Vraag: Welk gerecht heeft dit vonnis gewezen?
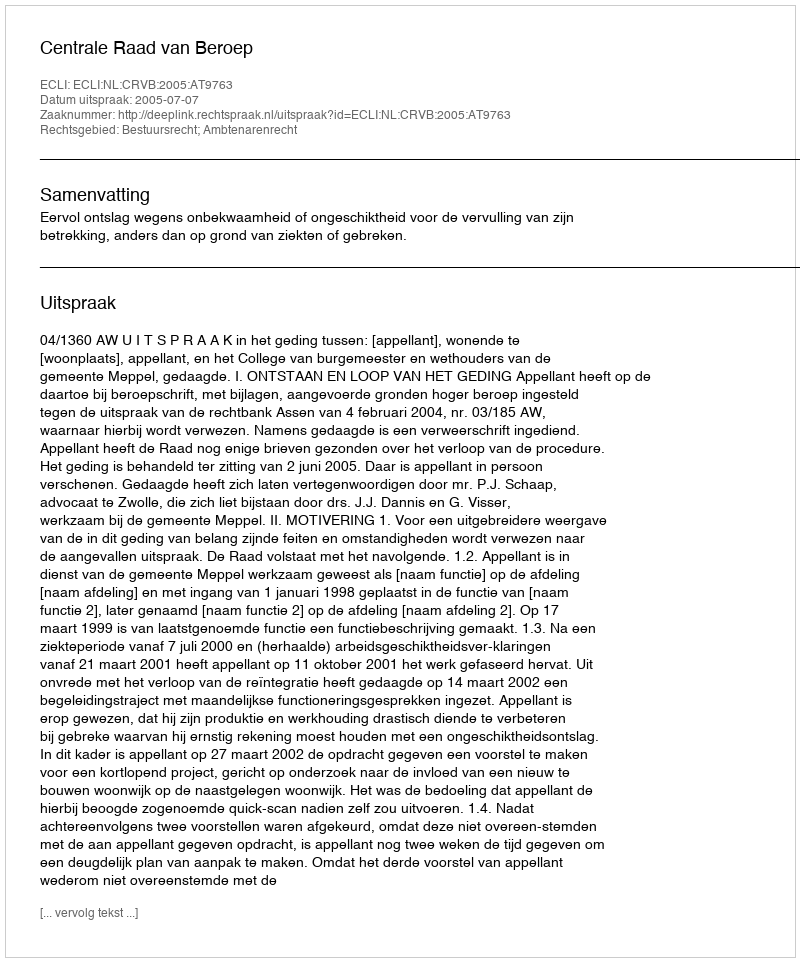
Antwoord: Centrale Raad van Beroep